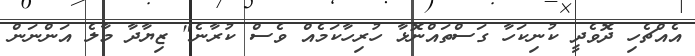
އެއްޗެހި ދޮވެދީ ކުނިކަހާ ގަސްތައްނޮޅާ ހުރިހާކަމެއް ވެސް ކުރާނެ" ޒިޔާދާ މާލެ އަންނަން